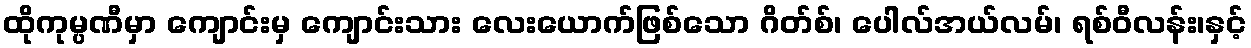
ထိုကုမ္ပဏီမှာ ကျောင်းမှ ကျောင်းသား လေးယောက်ဖြစ်သော ဂိတ်စ်၊ ပေါလ်အယ်လမ်၊ ရစ်ဝီလန်း၊နှင့်